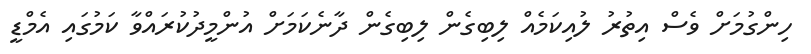
ހިންގުމަށް ވެސް އިތުރު ލުއިކަމެއް ލިބިގެން ލިބިގެން ދާނެކަމަށް އުންމީދުކުރައްވާ ކަމުގައި އެމްޑީ